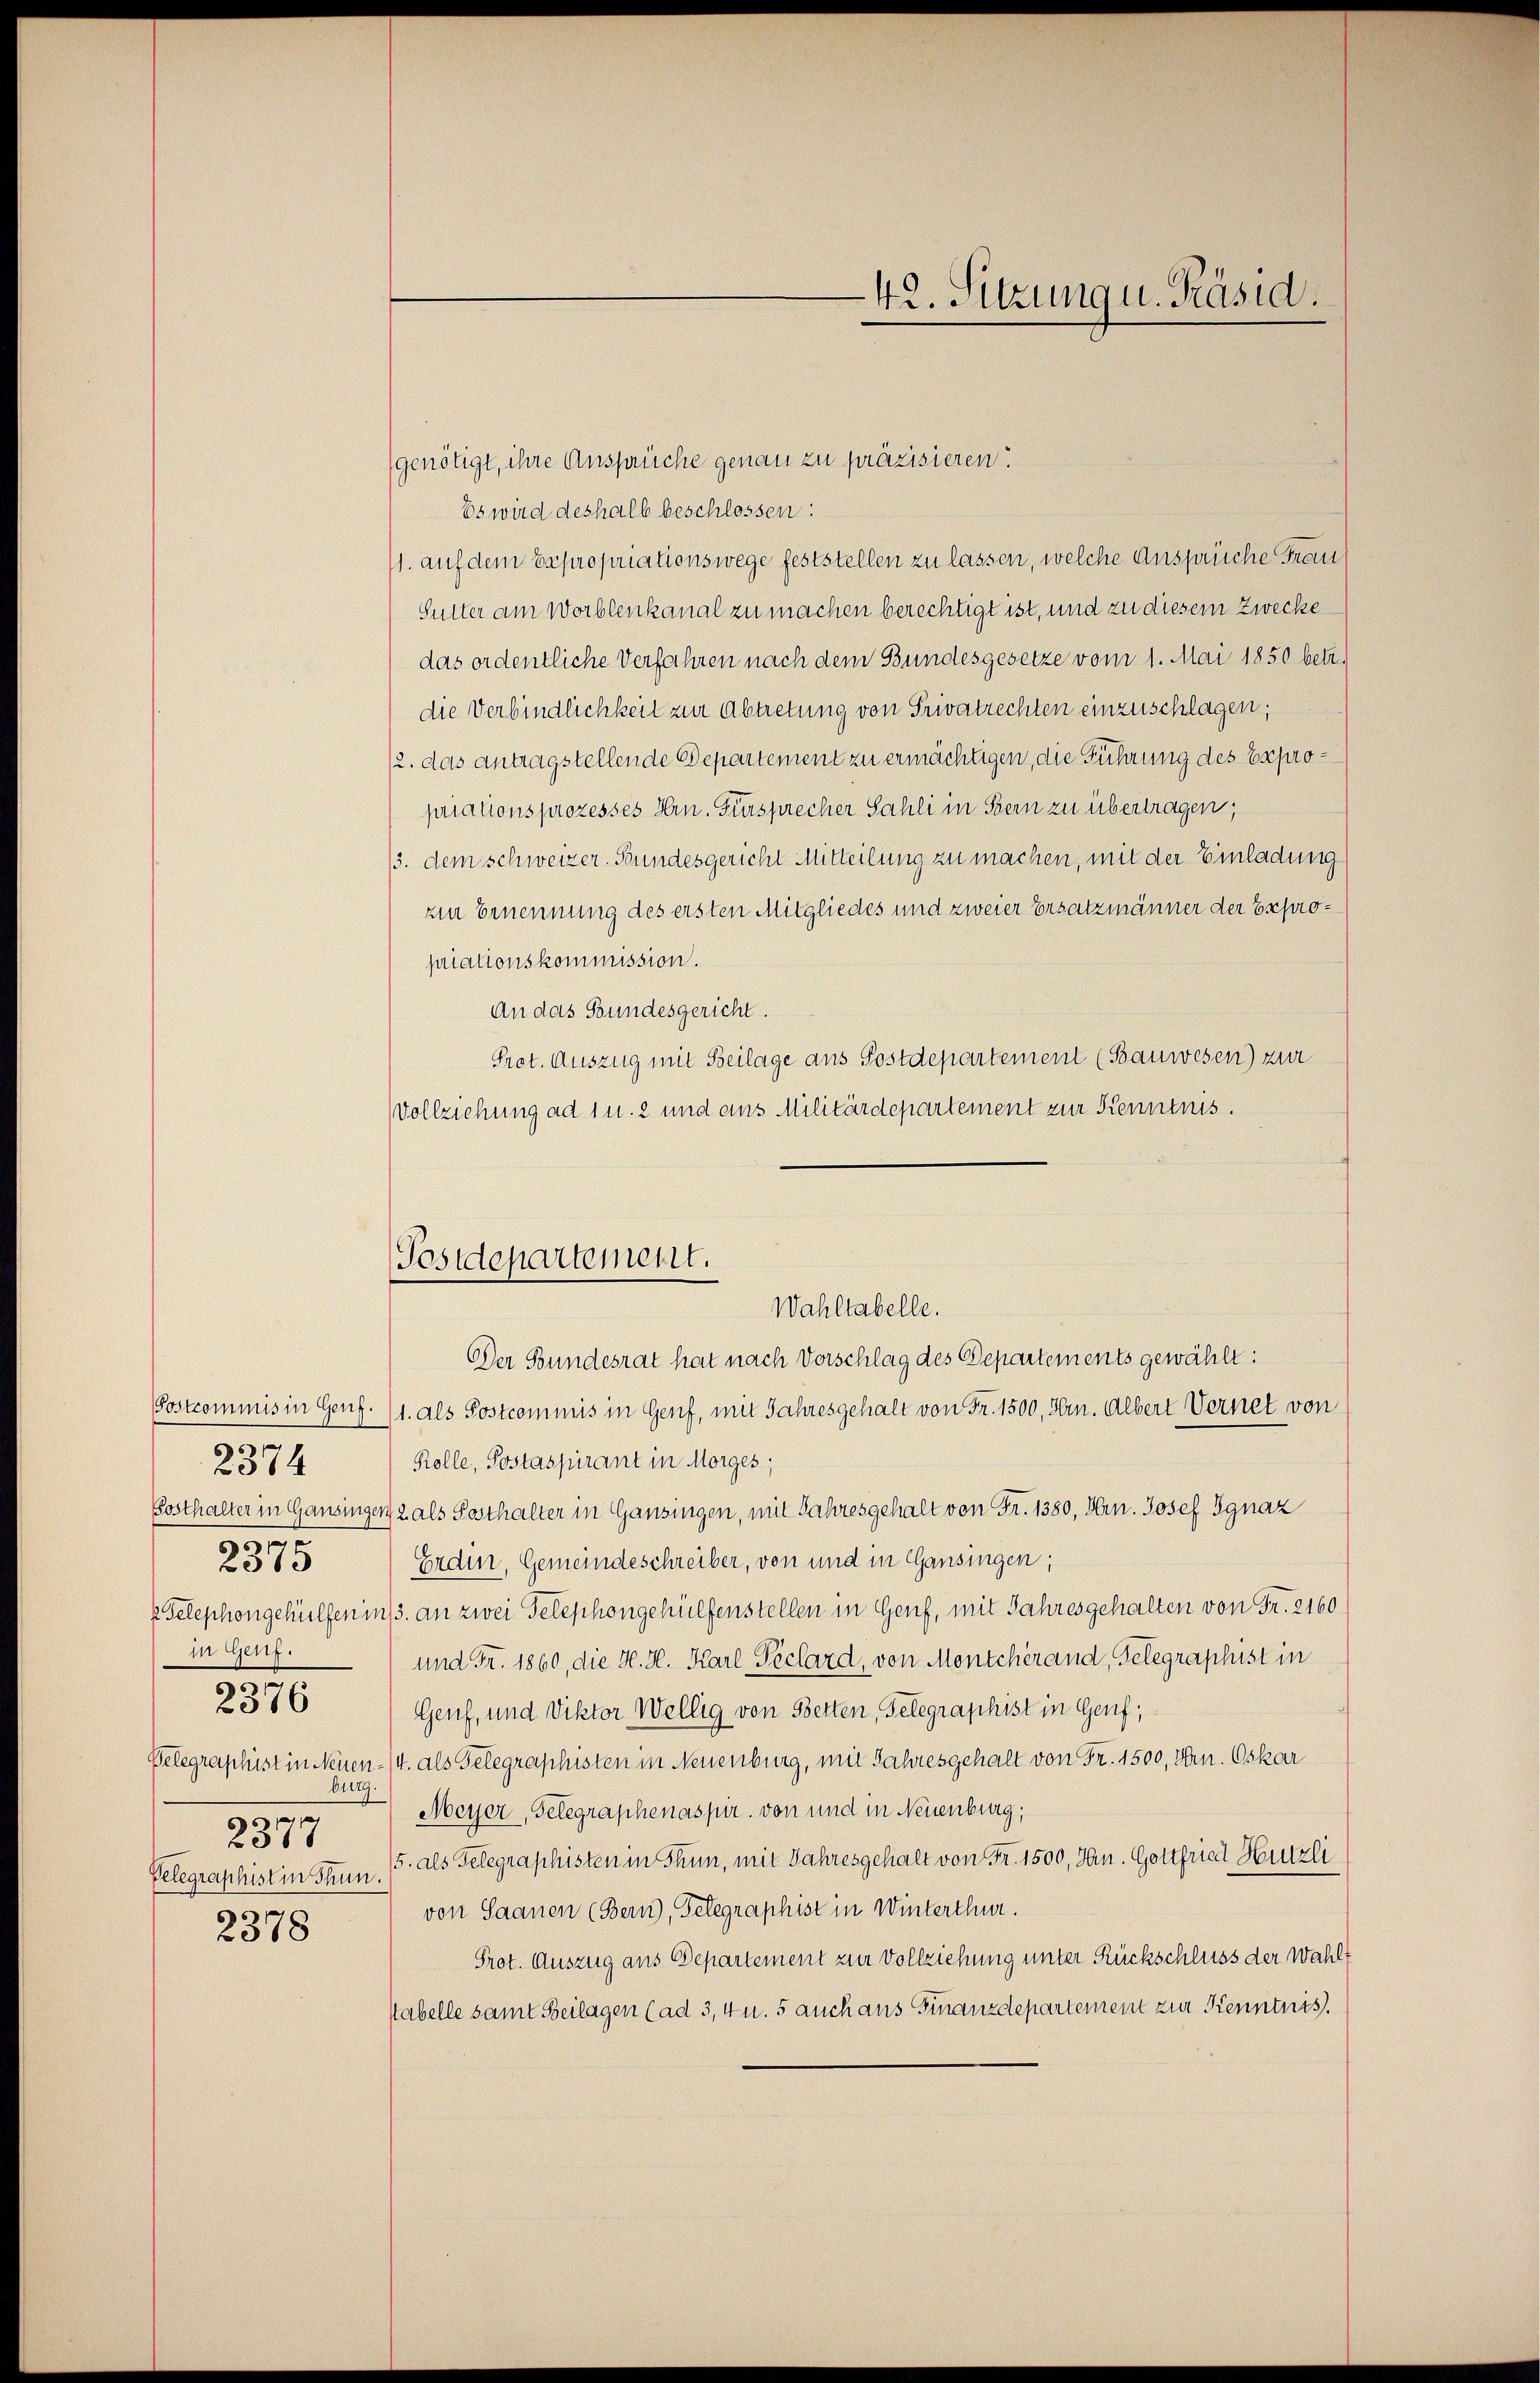
Postcommis in Genz.
2374
Posthalter in Gansinger
5
2315
x Telephongehülfen in
in Genf.
.
2376
Telegraphist in Neuenburg.
2377
Gelegraphistin Thun.

2378

Postdepartement.
Wahltabelle.

-42. Sitzung u. Präsid.

genötigt, ihre Ansprüche genau zu präzisieren.
Es wird deshalb beschlossen:
1. auf dem Expropriationswege feststellen zu lassen, welche Ansprüche Frau
Sutter am Worblenkanal zu machen berechtigt ist, und zu diesem Zwecke
das ordentliche Verfahren nach dem Bundesgesetze vom 1. Mai 1850 betr.
die Verbindlichkeit zur Abtretung von Privatrechten einzuschlagen,
2. das antragstellende Departement zu ermächtigen, die Führung des Expropriations prozesses Hrn. Fürsprecher Sahli in Bern zu übertragen,
13. dem schweizer. Bundesgericht Mitteilung zu machen, mit der Einladung
zin Ernennung des ersten Mitgliedes und zweier Ersatzmänner der Expropriationskommission.
An das Bundesgericht.
Prot. Auszug mit Beilage aus Postdepartement (Bauwesen) zur
Vollziehung ad 1 u. 2 und ans Militärdepartement zur Kenntnis.
Der Bundesrat hat nach Vorschlag des Departements gewählt:
1. als Postcommis in Genf, mit Jahresgehalt von Fr. 1500, Hrn. Albert Vernet von
Rolle, Postaspirant in Morges;
2 als Posthalter in Gansingen, mit Jahresgehalt von Fr. 1380, Hrn. Josef Ignaz
Erden, Gemeindeschreiber, von und in Gansingen;
/3. an zwei Telephongehülfenstellen in Genf, mit Jahresgehalten von Fr. 2160
und Fr. 1860, die H. H. Karl Péclard, von Montcherand, Gelegraphist in
Genf, und Viktor Wellig von Betten, Gelegraphist in Genf,
4. als Gelegraphisten in Neuenburg, mit Jahresgehalt von Fr. 1500, Hrn. Oskar
Meyer, Gelegraphenaspir. von und in Neuenburg;
/5. als Telegraphisten in Thun, mit Jahresgehalt von Fr. 1500, Hrn. Gottfried Hutzli
von Saanen (Bern), Gelegraphist in Winterthur.
Prot. Auszug aus Departement zur Vollziehung unter Rückschluss der Wahlt
stabelle samt Beilagen (ad 3, 4 u. 5 auch aus Finanzdepartement zur Kenntnis.